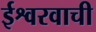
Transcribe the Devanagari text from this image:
ईश्वरवाची